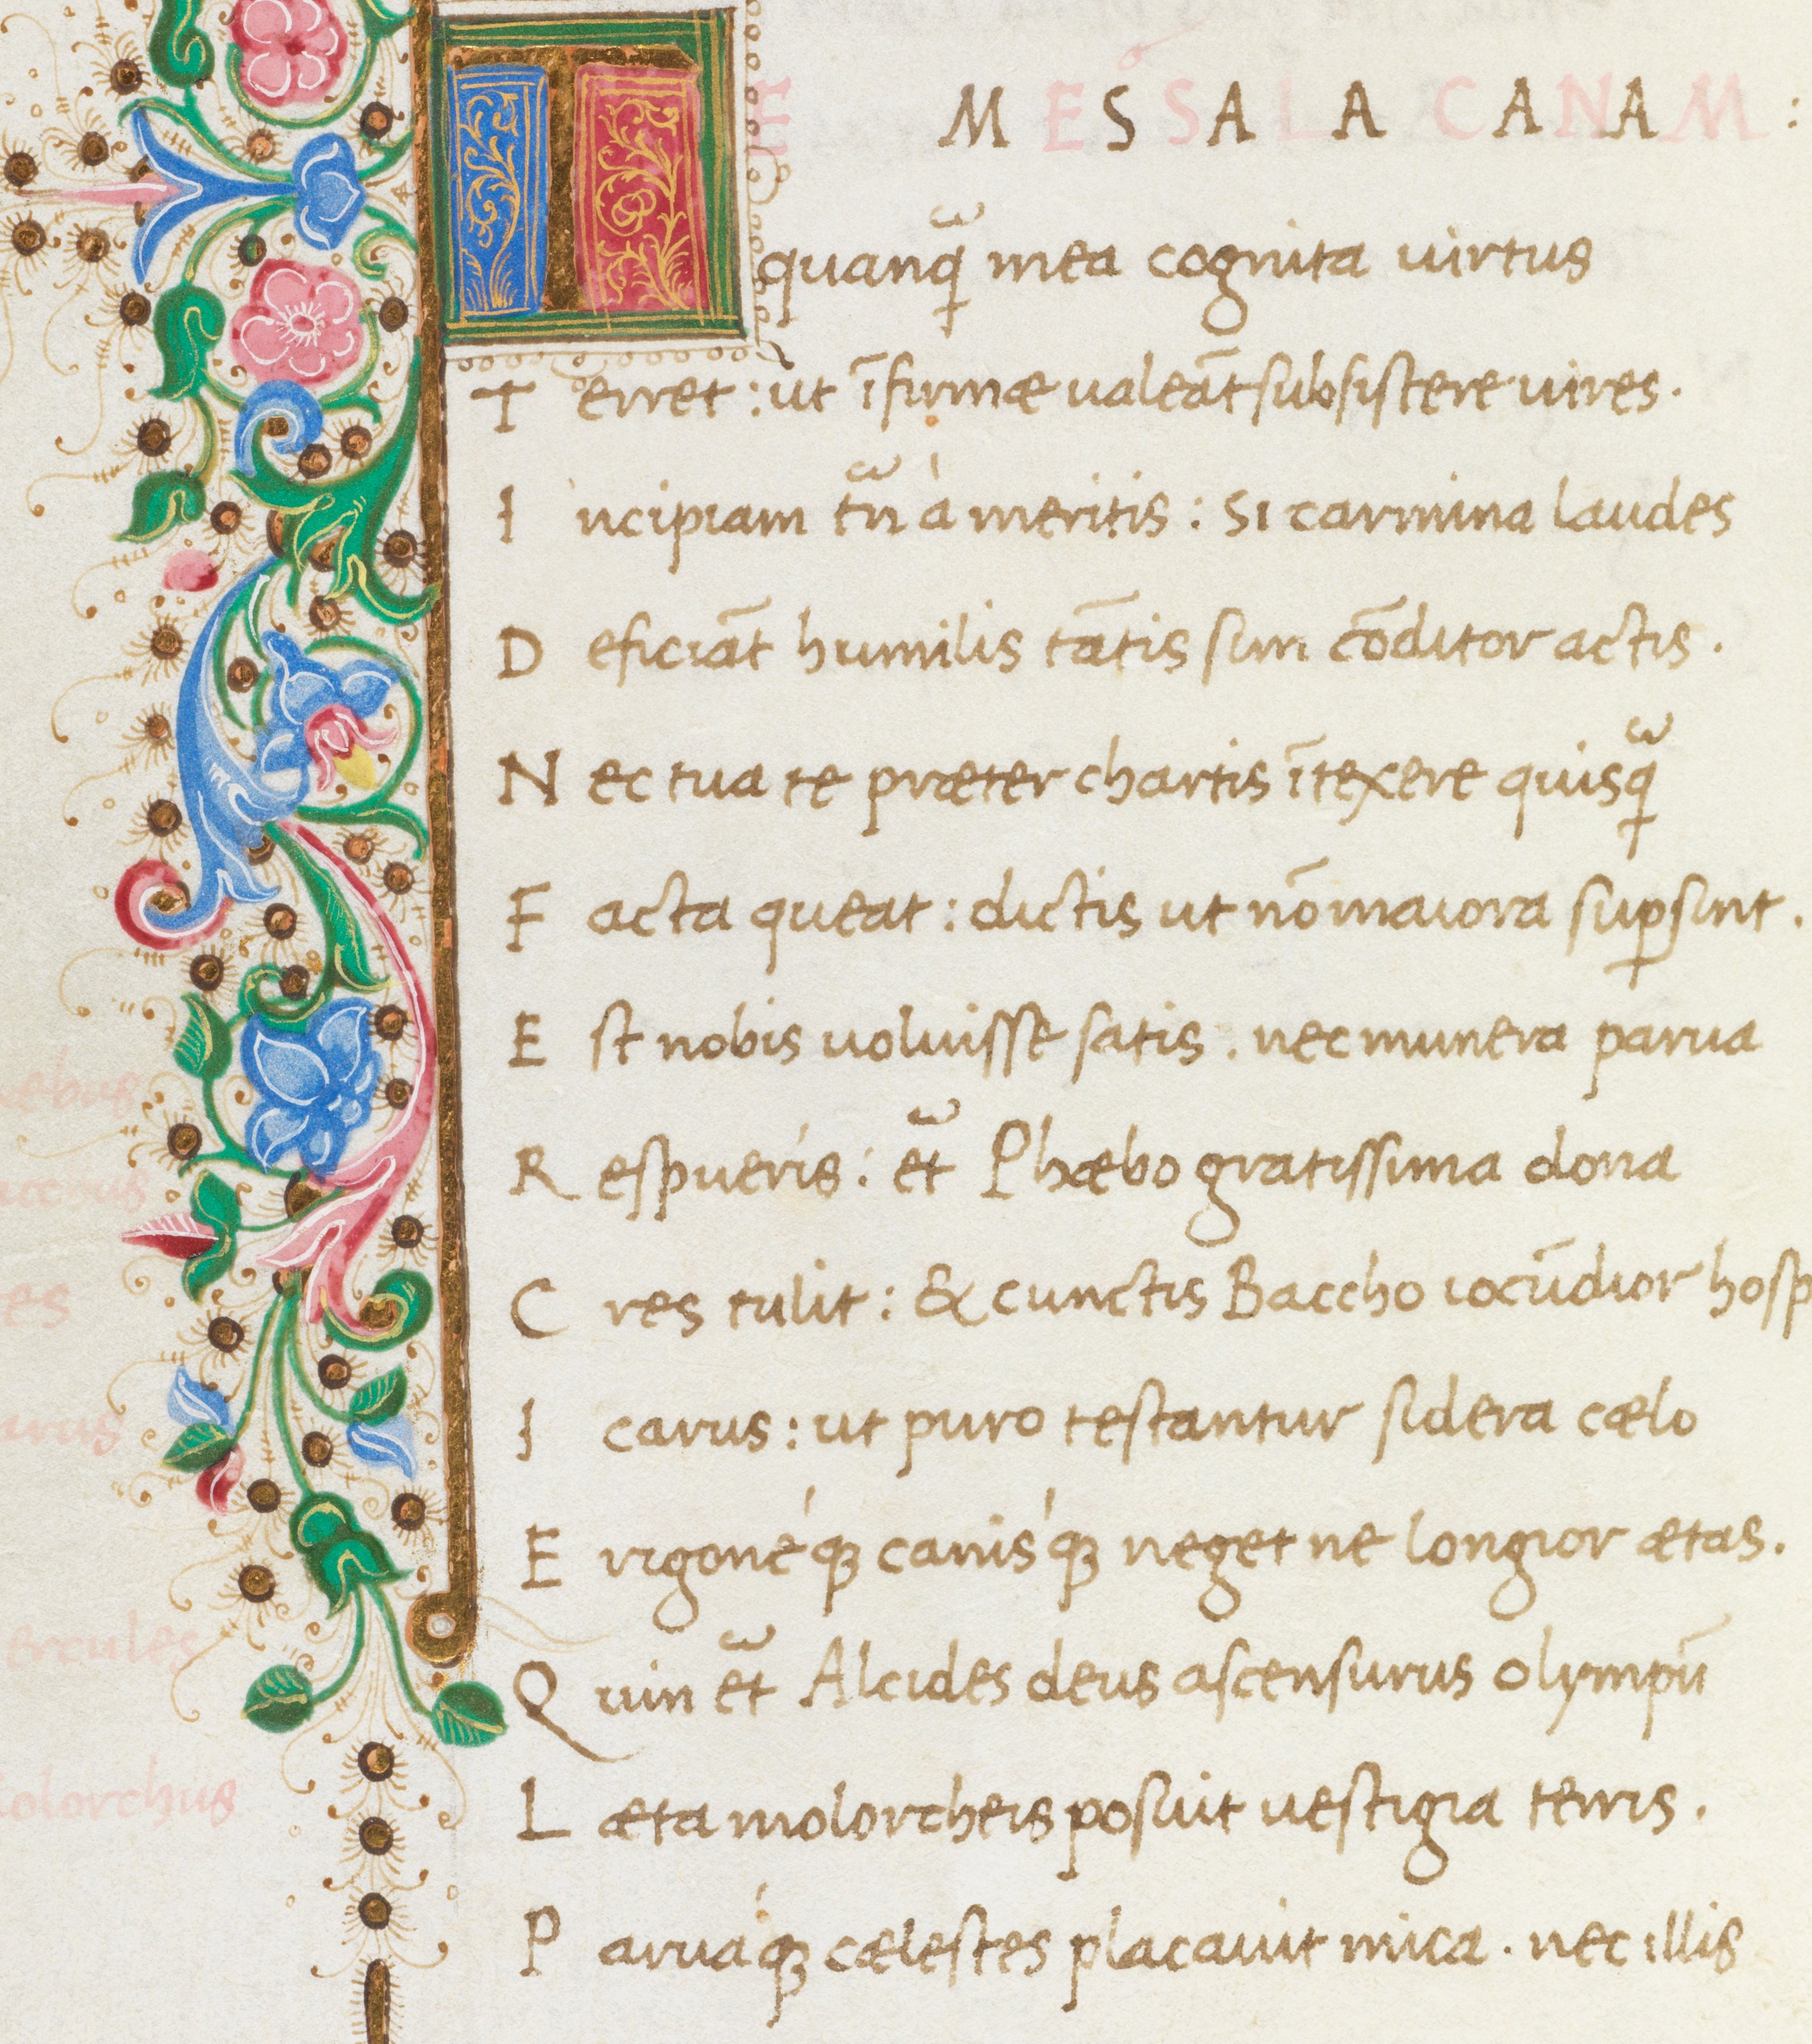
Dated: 1475–1495